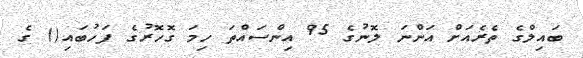
ބައިލްގެ ތެރެއަށް އަންނަ ލޮނުގެ 95 އިންސައްތަ ހިމަ ގޮހޮރުގެ ފަހުބައި() ގެ